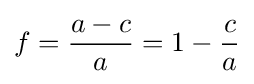
f={\frac {a-c}{a}}=1-{\frac {c}{a}}